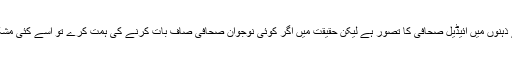
جرمنی میں اگرچہ بہت سے ذہنوں میں آئیڈیل صحافی کا تصور ہے لیکن حقیقت میں اگر کوئی نوجوان صحافی صاف بات کرنے کی ہمت کرے تو اسے کئی مشکلات کا سامنا کرنا پڑتا ہے۔